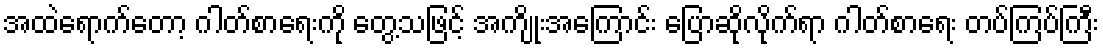
အထဲရောက်တော့ ဂါတ်စာရေးကို တွေ့သဖြင့် အကျိုးအကြောင်း ပြောဆိုလိုက်ရာ ဂါတ်စာရေး တပ်ကြပ်ကြီး